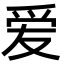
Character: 爱